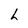
Character: h